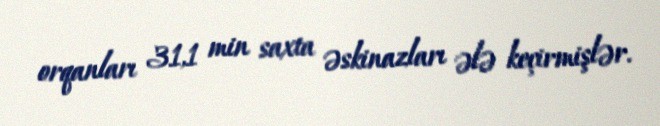
orqanları 31,1 min saxta əskinazları ələ keçirmişlər.